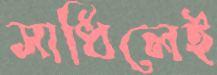
সাধিলেই